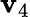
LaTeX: \mathbf{v}_{4}